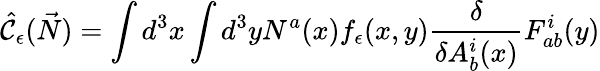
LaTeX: \hat{\cal C}_{\epsilon}(\vec{N})=\int d^{3}x\int d^{3}yN^{a}(x)f_{\epsilon}(x,y){\frac{\delta}{\delta A_{b}^{i}(x)}}F_{ab}^{i}(y)